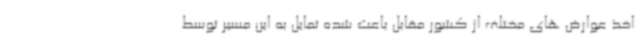
اخذ عوارض های مختلف از کشور مقابل باعث شده تمایل به این مسیر توسط